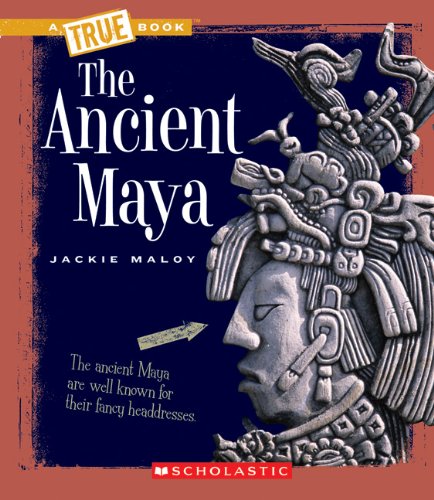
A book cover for The Ancient Maya (True Books); Jackie Maloy; History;